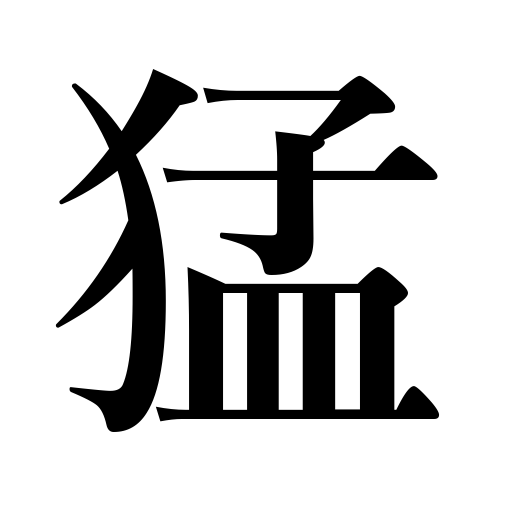
Meanings: wildness,strength,fierceness